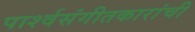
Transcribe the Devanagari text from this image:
पार्श्वसंगीतकारांची